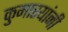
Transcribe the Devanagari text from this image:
कुमारयांनी